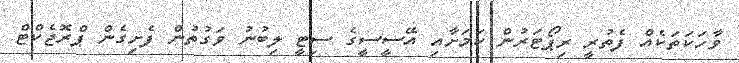
ވާހަކަތަކެއް ފެތުރީ ރިޕޯޓަރުން ކަމަށާއި އޭސީސީގެ ސިޓީ ލިބުނު ވަގުތުން ފެށިގެން ޕްރޮޖެކްޓް